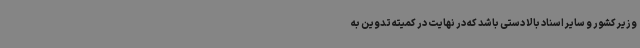
وزیر کشور و سایر اسناد بالا دستی باشد که در نهایت در کمیته تدوین به